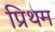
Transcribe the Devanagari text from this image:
प्रिथम